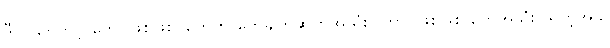
ဒီလို ကြောင့် တွေပဲဖြစ်ဖြစ်၊ တွေကို တွေချိတ်ဆက်အသုံးပြုတာပဲဖြစ်ဖြစ် တွေအသုံးပြုရတဲ့အခါ